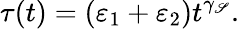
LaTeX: \tau(t)=(\varepsilon_{1}+\varepsilon_{2})t^{\gamma_{\mathscr{S}}}.